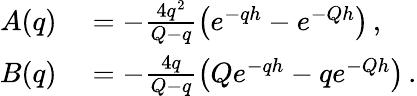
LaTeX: \begin{array}{rl}{A(q)}&{{}=-\frac{4q^{2}}{Q-q}\left(e^{-qh}-e^{-Qh}\right)\, ,}\\ {B(q)}&{{}=-\frac{4q}{Q-q}\left(Qe^{-qh}-qe^{-Qh}\right)\, .}\end{array}